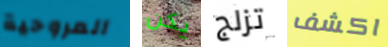
المروحية يكن تزلج اكشف